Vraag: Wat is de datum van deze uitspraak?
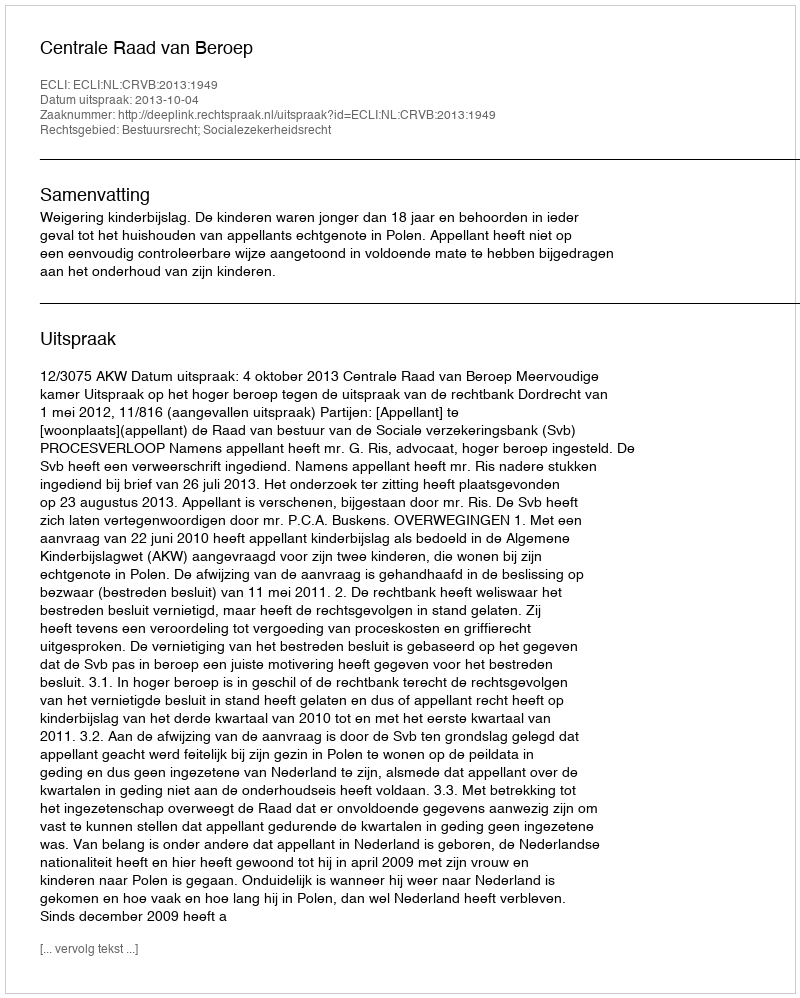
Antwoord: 2013-10-04